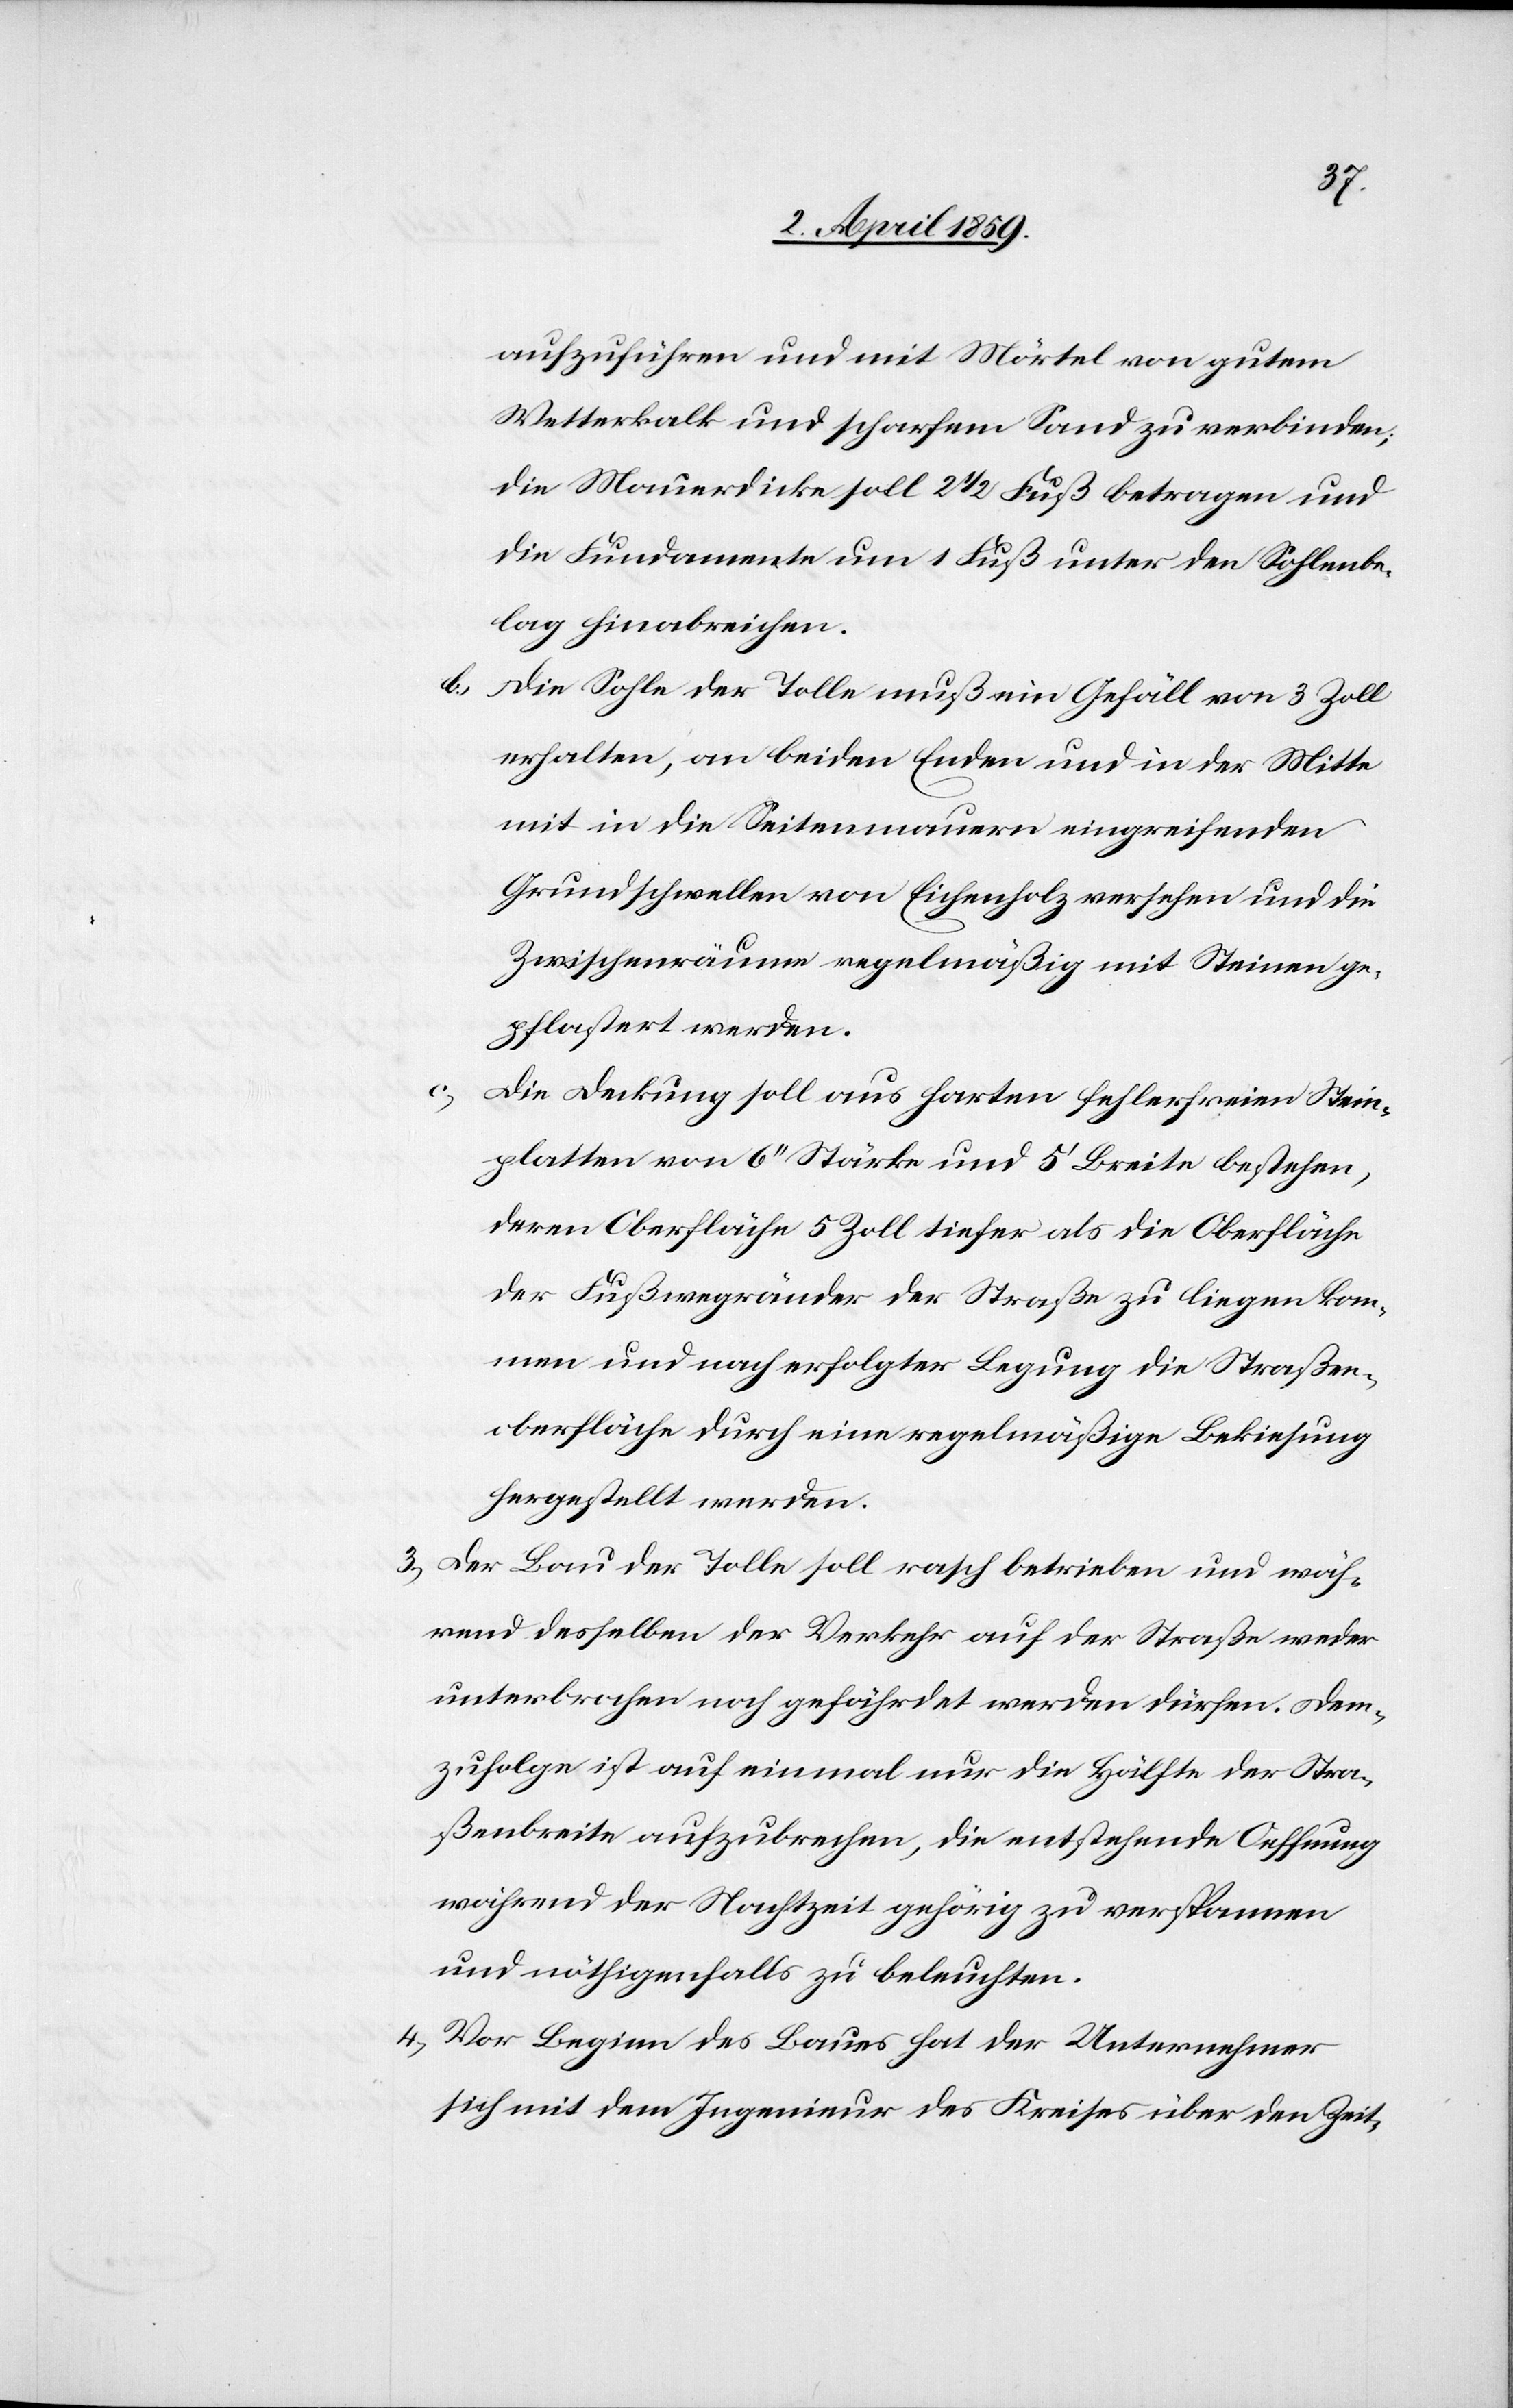
aufzuführen und mit Mörtel von gutem
Wetterkalk und scharfem Sand zu verbinden;
die Mauerdicke soll 2 1/2 Fuß betragen und
die Fundamente um 1 Fuß unter den Sohlenbe¬
lag hinabreichen.
b) Die Sohle der Tolle muß ein Gefäll von 3 Zoll
erhalten, an beiden Enden und in der Mitte
mit in die Seitenmauern eingreifenden
Grundschwellen von Eichenholz versehen und die
Zwischenräume regelmäßig mit Steinen ge¬
pflastert werden.
c)
Die Deckung soll aus harten fehlerfreien Stein¬
platten von 6‘‘ Stärke und 5‘ Breite bestehen,
deren Oberfläche 5 Zoll tiefer als die Oberfläche
der Fußwegränder der Straße zu liegen kom¬
men und nach erfolgter Legung die Straßen¬
oberfläche durch eine regelmäßige Bekiesung
hergestellt werden.
3) Der Bau der Tolle soll rasch betrieben und wäh¬
rend desselben der Verkehr auf der Straße weder
unterbrochen noch gefährdet werden dürfen. Dem¬
zufolge ist auf einmal nur die Hälfte der Stra¬
ßenbreite aufzubrechen, die entstehende Oeffnung
während der Nachtzeit gehörig zu verspannen
und nöthigenfalls zu beleuchten.
4) Vor Beginn des Baues hat der Unternehmer
sich mit dem Ingenieur des Kreises über den Zeit-